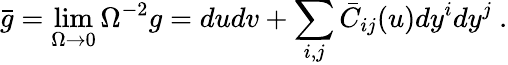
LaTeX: \bar{g}=\operatorname*{lim}_{\Omega\to 0}\Omega^{-2}g=dudv+\sum_{i,j}\bar{C}_{ij}(u)dy^{i}dy^{j}~.